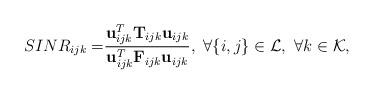
LaTeX: \begin{align*}SINR_{ijk}=&\frac{{\bf u}^{T}_{ijk}{\bf T}_{ijk}{\bf u}_{ijk}}{{\bf u}_{ijk}^{T}{\bf F}_{ijk}{\bf u}_{ijk}},\ \forall\{i,j\}\in\mathcal{L},\ \forall k\in\mathcal{K},\end{align*}